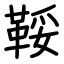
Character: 鞖